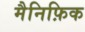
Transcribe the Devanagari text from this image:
मैनिफ़िक